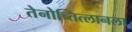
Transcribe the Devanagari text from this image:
तेनोच्तित्लानला